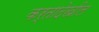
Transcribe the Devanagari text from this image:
कर्तादेखील